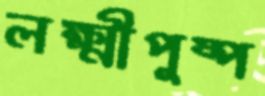
লক্ষ্মীপুষ্প